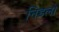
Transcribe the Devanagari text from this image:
निडलो